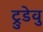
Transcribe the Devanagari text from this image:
ट्रुडेवु